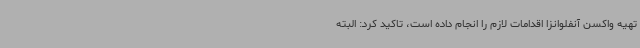
تهیه واکسن آنفلوانزا اقدامات لازم را انجام داده است، تاکید کرد: البته